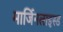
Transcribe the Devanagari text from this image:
मार्जिनलाइस्ड